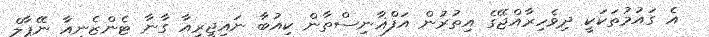
އެ ގައުމުތަކަކީ ދިވެހިރާއްޖޭގެ އިތުރުން އަފްޣާނިސްތާން ކިއުބާ ނައިޖީރިއާ ގާނާ ޓެންޒެނިއާ ނޭޕާލް